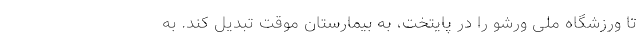
تا ورزشگاه ملی ورشو را در پایتخت، به بیمارستان موقت تبدیل کند. به